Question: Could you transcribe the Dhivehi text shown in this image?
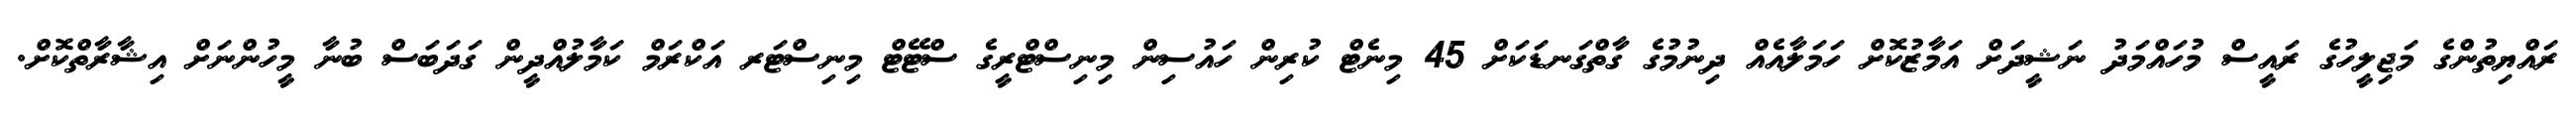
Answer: ރައްޔިތުންގެ މަޖިލީހުގެ ރައީސް މުހައްމަދު ނަޝީދަށް އަމާޒުކޮށް ހަމަލާއެއް ދިނުމުގެ ގާތްގަނޑަކަށް 45 މިނެޓް ކުރިން ހައުސިން މިނިސްޓްރީގެ ސްޓޭޓް މިނިސްޓަރ އަކްރަމް ކަމާލުއްދީން ގަދަބަސް ބުނާ މީހުންނަށް އިޝާރާތްކޮށް.